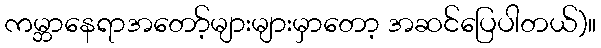
ကမ္ဘာနေရာအတော့်များများမှာတော့ အဆင်ပြေပါတယ်)။